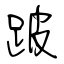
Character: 跛